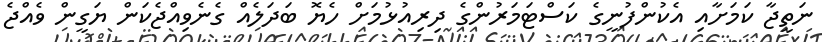
ނަތީޖާ ކަމަށާއި އެކުންފުނީގެ ކަސްޓަމަރުންގެ ދިރިއުޅުމަށް ހެޔޮ ބަދަލެއް ގެނެވިއްޖެކަން ޔަގީން ވެއްޖެ